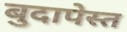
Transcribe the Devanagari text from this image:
बुदापेस्त